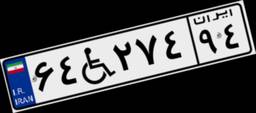
۶۴W۲۷۴۹۴